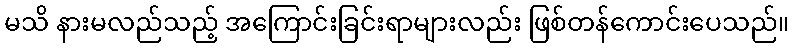
မသိ နားမလည်သည့် အကြောင်းခြင်းရာများလည်း ဖြစ်တန်ကောင်းပေသည်။